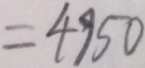
= 4 9 5 0